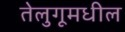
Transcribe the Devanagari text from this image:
तेलुगूमधील